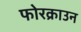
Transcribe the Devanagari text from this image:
फोरक्राउन